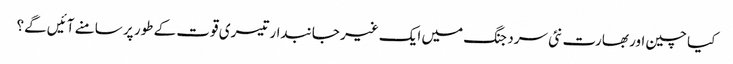
کیا چین اور بھارت نئی سرد جنگ میں ایک غیر جانبدار تیسری قوت کے طور پر سامنے آئیں گے؟